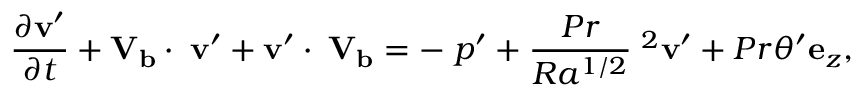
\frac { \partial { \mathbf { v } } ^ { \prime } } { \partial t } + \mathbf { V _ { b } } \cdot \mathbf { \nabla { \mathbf { v } } ^ { \prime } } + { \mathbf { v } } ^ { \prime } \cdot \mathbf { \nabla \mathbf { V _ { b } } } = - \mathbf { \nabla } { p } ^ { \prime } + \frac { P r } { R a ^ { 1 / 2 } } \mathbf { \nabla } ^ { 2 } { \mathbf { v } } ^ { \prime } + P r { \theta } ^ { \prime } \mathbf { e } _ { z } ,